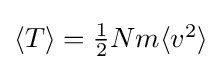
{\textstyle \langle T\rangle ={\frac {1}{2}}Nm\langle v^{2}\rangle }